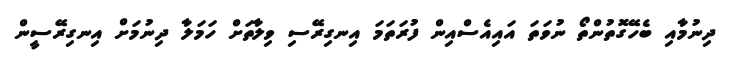
ދިނުމާއި ބެހޭގޮތުންތޯ ނުވަތަ އައިއެސްއިން ފުރަތަމަ އިނގިރޭސި ވިލާތަށް ހަމަލާ ދިނުމަށް އިނގިރޭސީން